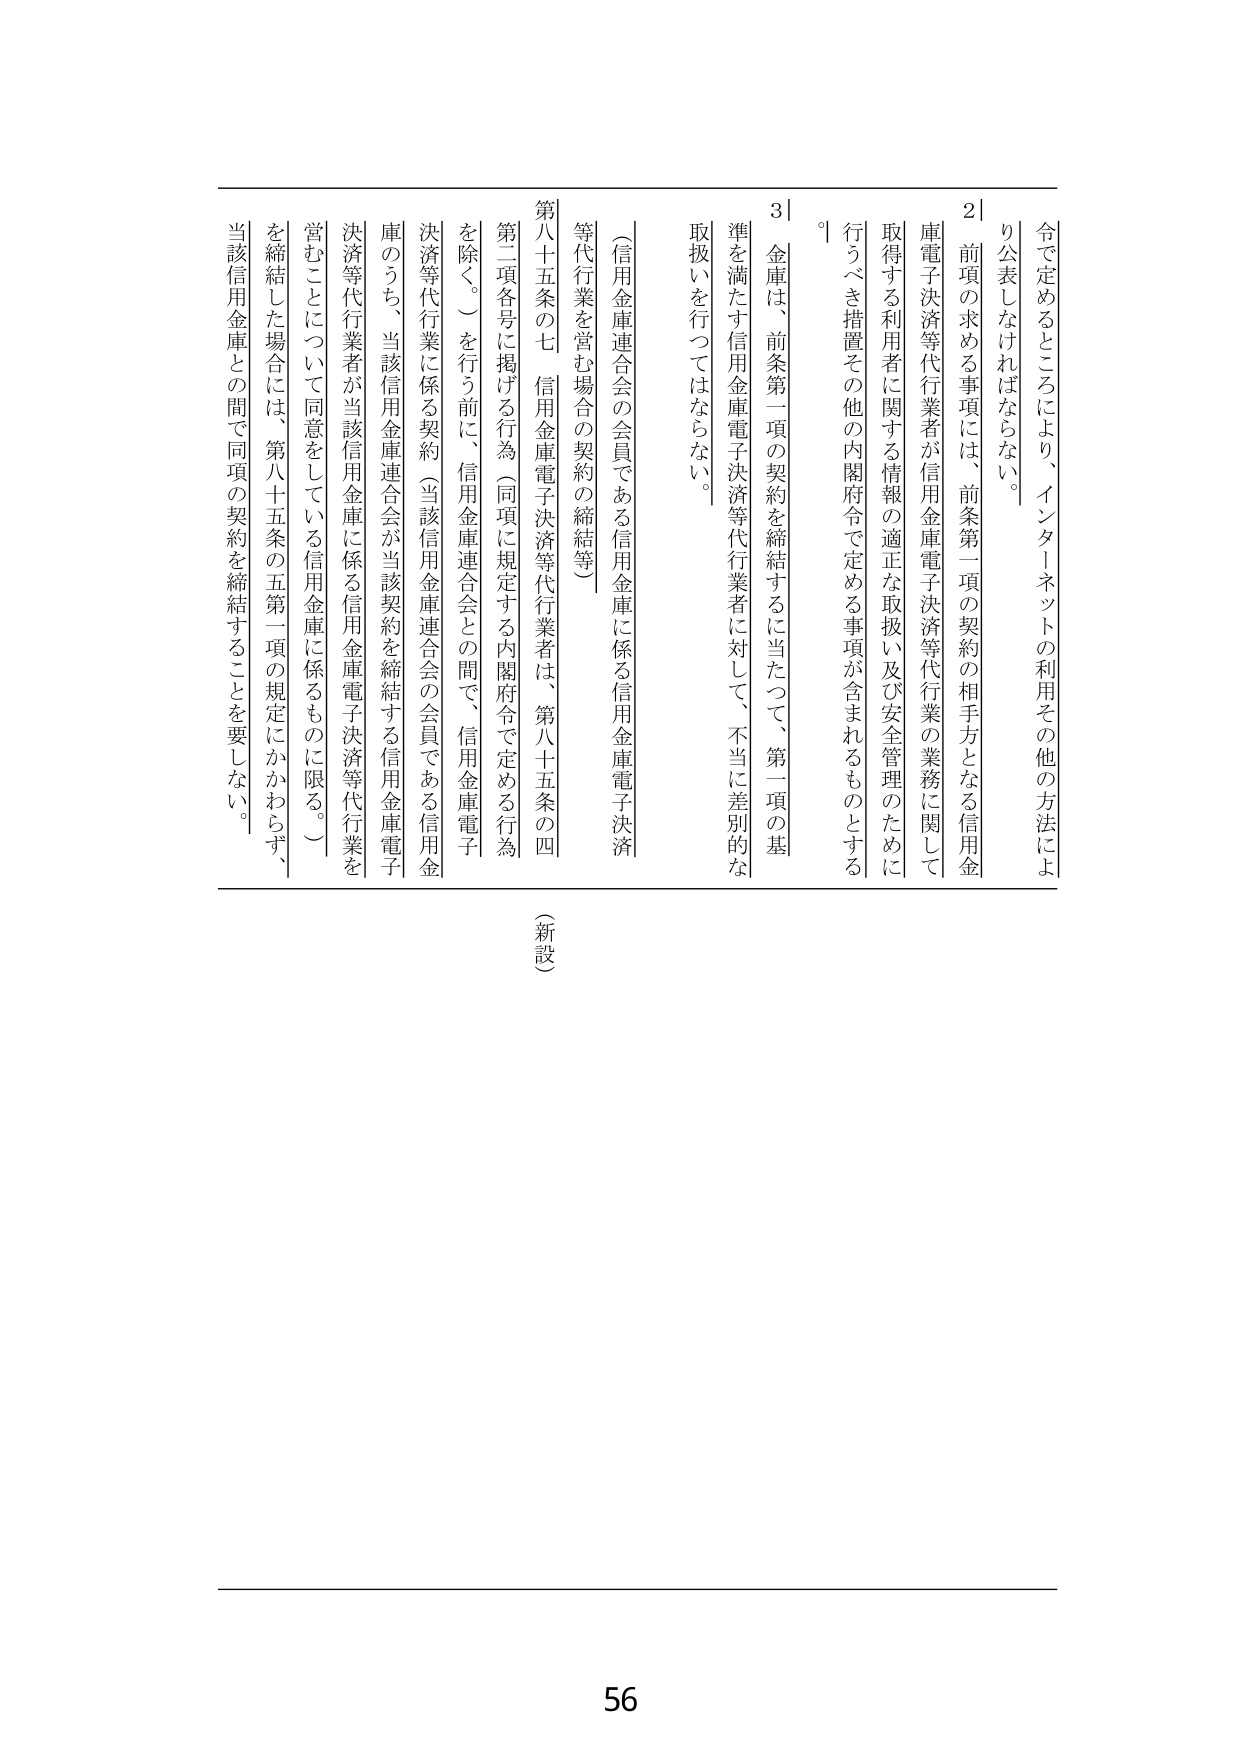
令で定めるところにより、インターネットの利用その他の方法により公表しなければならない。

２ 前項の求める事項には、前条第一項の契約の相手方となる信用金庫電子決済等代行業者が信用金庫電子決済等代行業の業務に関して取得する利用者に関する情報の適正な取扱い及び安全管理のために行うべき措置その他の内閣府令で定める事項が含まれるものとする。

３ 金庫は、前条第一項の契約を締結するに当たって、第一項の基準を満たす信用金庫電子決済等代行業者に対して、不当に差別的な取扱いを行ってはならない。

（信用金庫連合会の会員である信用金庫に係る信用金庫電子決済等代行業を営む場合の契約の締結等）

第八十五条の七 信用金庫電子決済等代行業者は、第八十五条の四第二項各号に掲げる行為（同項に規定する内閣府令で定める行為を除く。）を行う前に、信用金庫連合会との間で、信用金庫電子決済等代行業に係る契約（当該信用金庫連合会の会員である信用金庫のうち、当該信用金庫連合会が当該契約を締結する信用金庫電子決済等代行業者が当該信用金庫に係る信用金庫電子決済等代行業を営むことについて同意をしている信用金庫に係るものに限る。）を締結した場合には、第八十五条の五第一項の規定にかかわらず、当該信用金庫との間で同項の契約を締結することを要しない。

（新設）

56